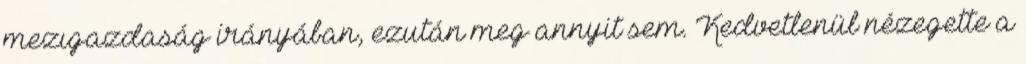
mezıgazdaság irányában, ezután meg annyit sem. Kedvetlenül nézegette a